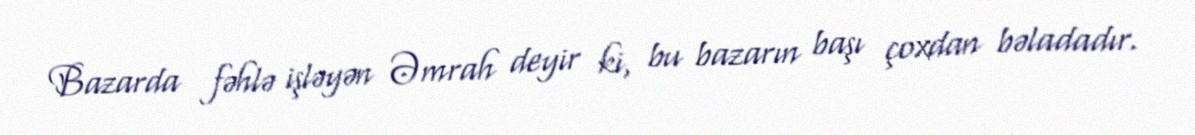
Bazarda fəhlə işləyən Əmrah deyir ki, bu bazarın başı çoxdan bəladadır.